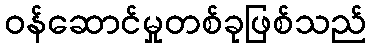
ဝန်ဆောင်မှုတစ်ခုဖြစ်သည်